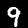
Label: 9